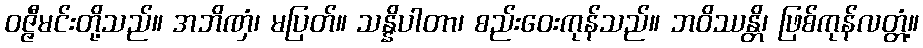
ဝဇ္ဇီမင်းတို့သည်။ အဘိဏှံ၊ မပြတ်။ သန္နိပါတာ၊ စည်းဝေးကုန်သည်။ ဘဝိဿန္တိ၊ ဖြစ်ကုန်လတ္တံ့။